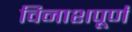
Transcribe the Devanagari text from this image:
विनाशपूर्ण